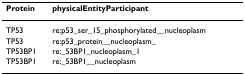
| Protein | physicalEntityParticipant |
 | --- | --- |
 | TP53 | re:p53_ser_15_phosphorylated__nucleoplasm |
 | TP53 | re:p53_protein__nucleoplasm_ |
 | TP53BP1 | re:_53BP1_nucleoplasm_1 |
 | TP53BP1 | re:_53BP1__nucleoplasm |